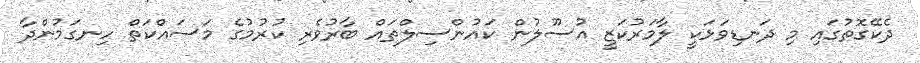
ދެކޭގޮތުގައި މި ދަނޑިވަޅަކީ ލާމަރުކަޒީ އުސޫލުން ކައުންސިލްތައް ބާރުވެރި ކުރުމުގެ މަސައްކަތް ހިނގަމުންދާ